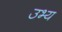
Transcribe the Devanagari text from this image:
उभ्य